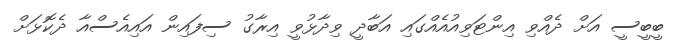
ބީބީސީ އަށް ދެއްވި އިންޓަވިއުއެއްގައި އަބާދީ ވިދާޅުވީ އިރާގު ސިފައިން އައިއެސްއާ ދެކޮޅަށް